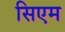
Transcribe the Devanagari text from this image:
सिएम